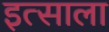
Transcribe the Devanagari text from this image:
इत्साला